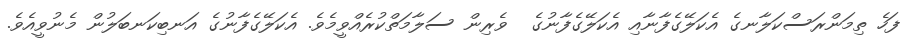
ފަހެ ތިމަންރަސްކަލާނގެ އެކަލޭގެފާނާއި އެކަލޭގެފާނުގެ  ވެރިން ސަލާމަތްކުރެއްވީމެވެ. އެކަލޭގެފާނުގެ އަނބިކަނބަލުން މެނުވީއެވެ.